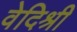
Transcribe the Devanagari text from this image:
वेदिश्री